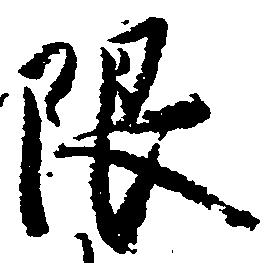
限